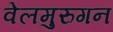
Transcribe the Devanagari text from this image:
वेलमुरुगन